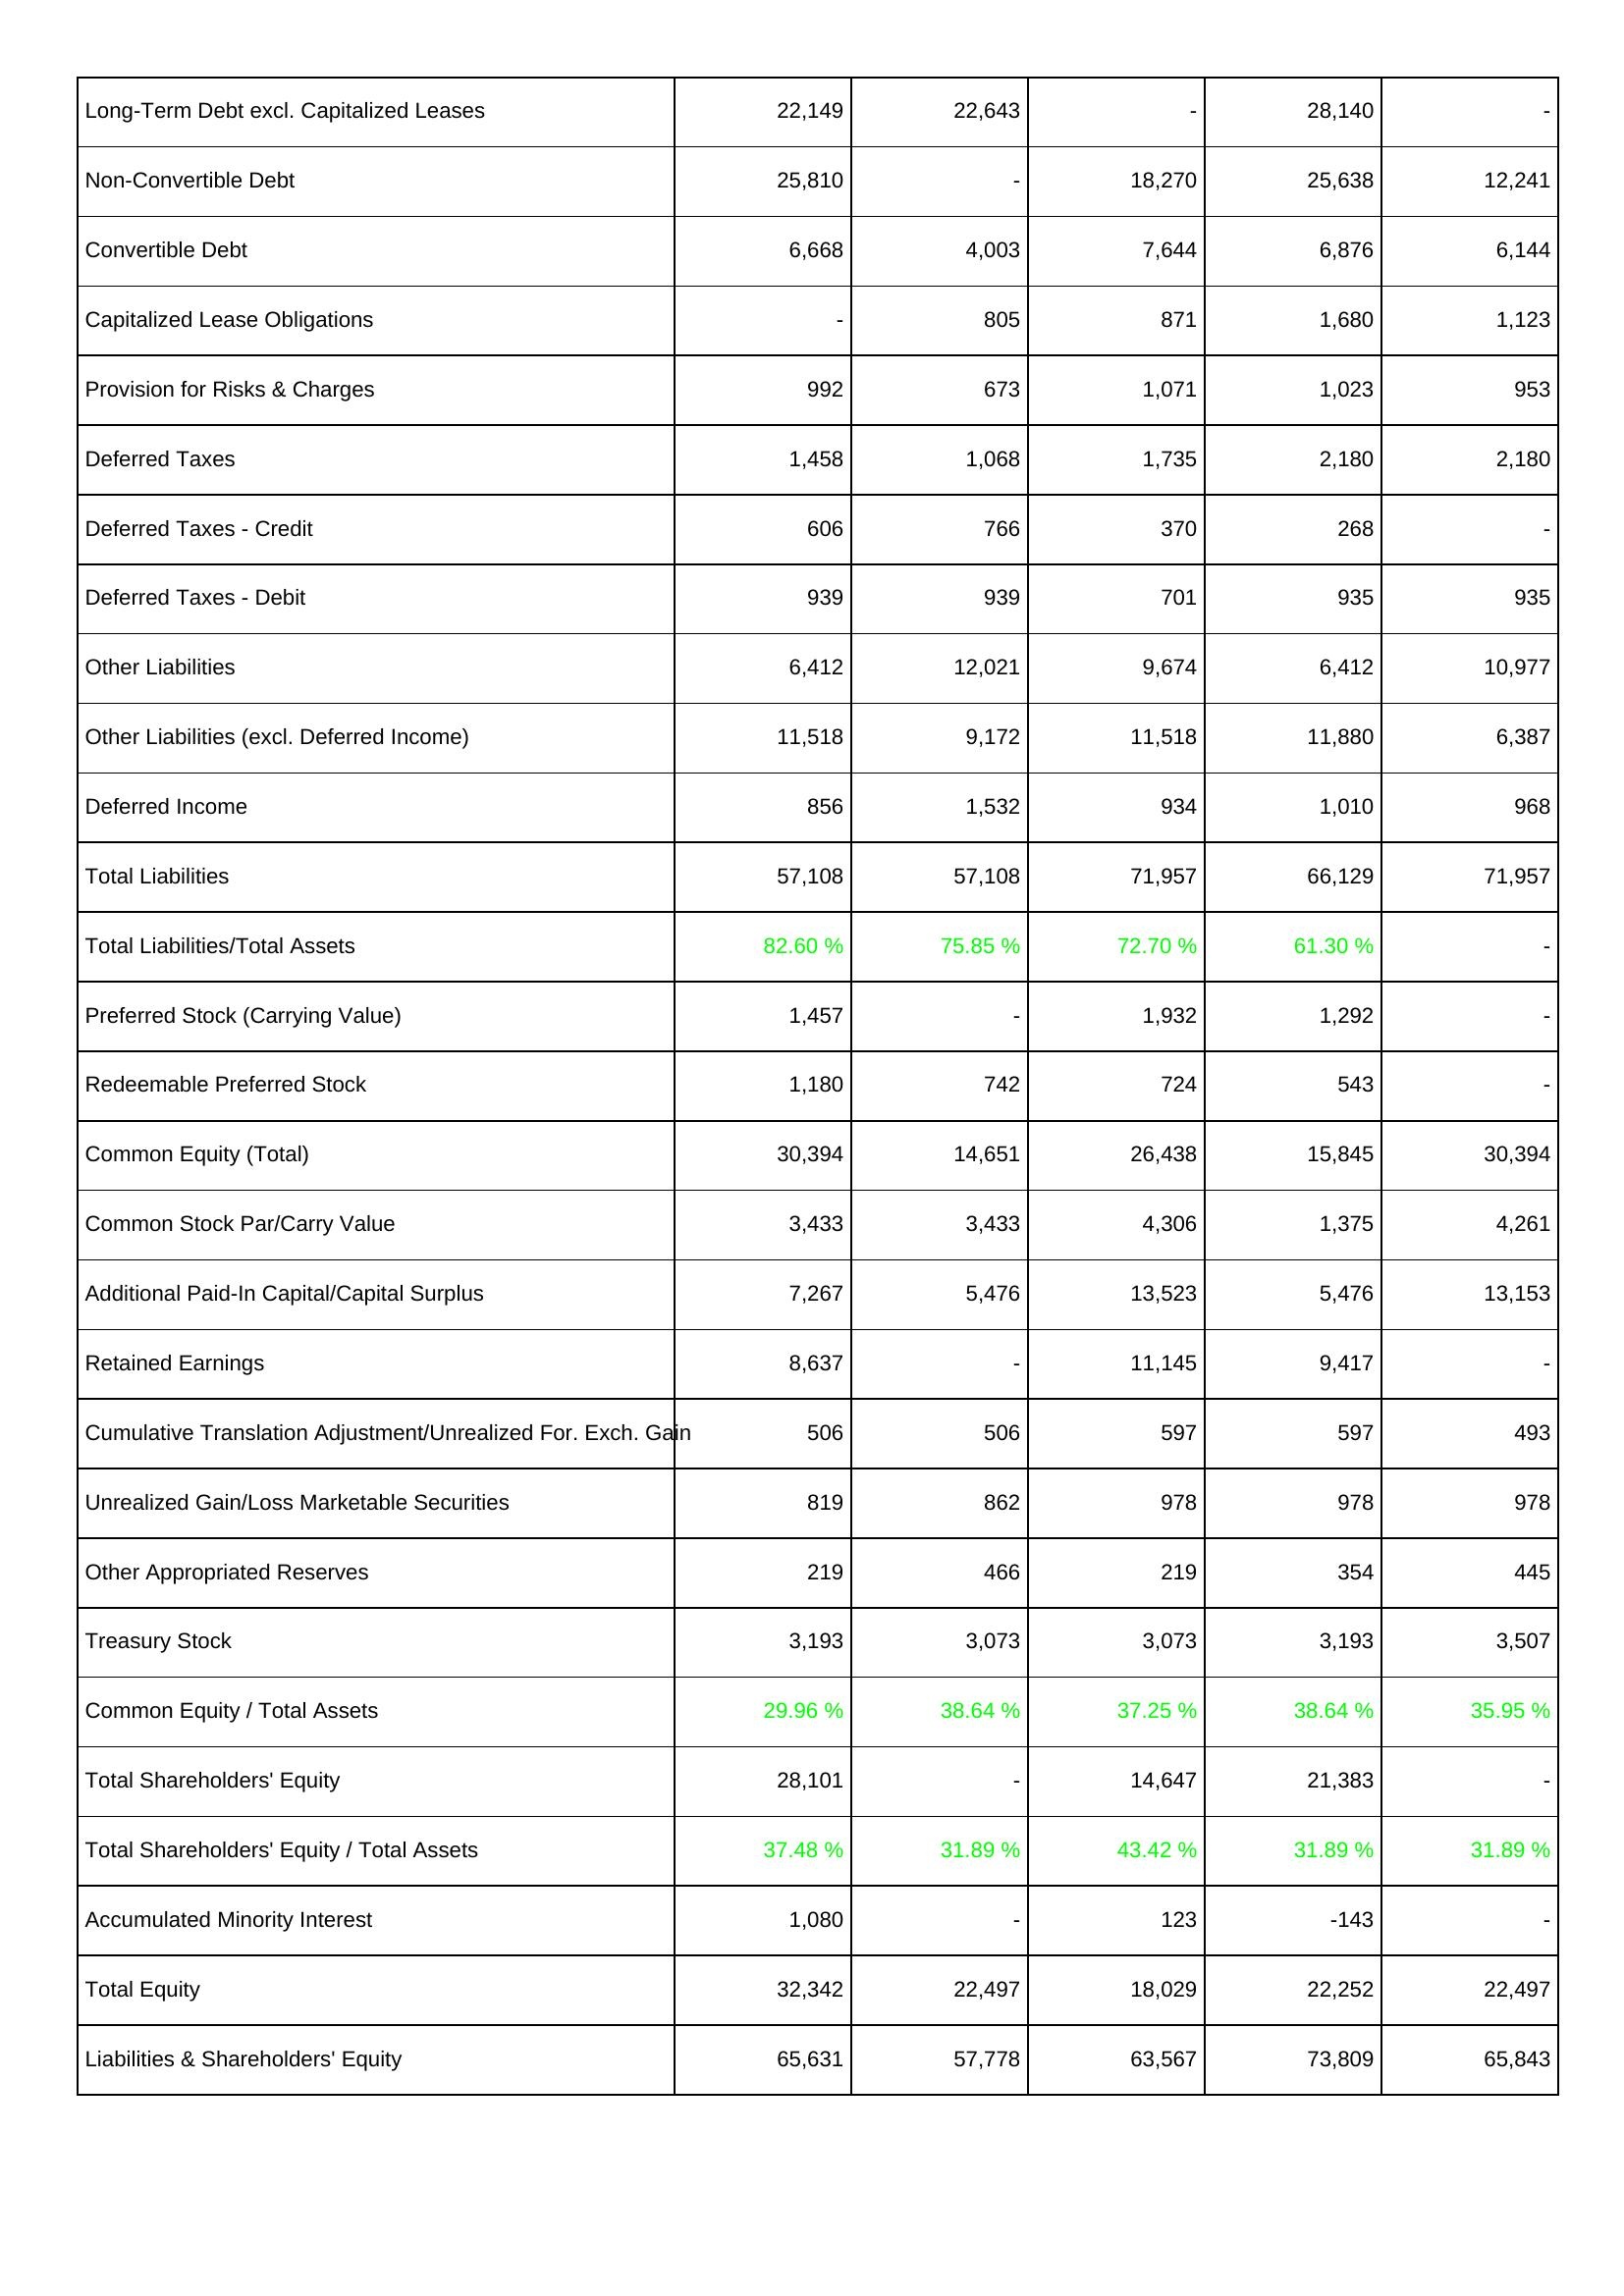
2007: Liabilities & Shareholders' Equity: Long-Term Debt excl. Capitalized Leases: 22,149
Non-Convertible Debt: 25,810
Convertible Debt: 6,668
Capitalized Lease Obligations: -
Provision for Risks & Charges: 992
Deferred Taxes: 1,458
Deferred Taxes - Credit: 606
Deferred Taxes - Debit: 939
Other Liabilities: 6,412
Other Liabilities (excl. Deferred Income): 11,518
Deferred Income: 856
Total Liabilities: 57,108
Total Liabilities/Total Assets: 82.60 %
Preferred Stock (Carrying Value): 1,457
Redeemable Preferred Stock: 1,180
Common Equity (Total): 30,394
Common Stock Par/Carry Value: 3,433
Additional Paid-In Capital/Capital Surplus: 7,267
Retained Earnings: 8,637
Cumulative Translation Adjustment/Unrealized For. Exch. Gain: 506
Unrealized Gain/Loss Marketable Securities: 819
Other Appropriated Reserves: 219
Treasury Stock: 3,193
Common Equity / Total Assets: 29.96 %
Total Shareholders' Equity: 28,101
Total Shareholders' Equity / Total Assets: 37.48 %
Accumulated Minority Interest: 1,080
Total Equity: 32,342
Liabilities & Shareholders' Equity: 65,631
2008: Liabilities & Shareholders' Equity: Long-Term Debt excl. Capitalized Leases: 22,643
Non-Convertible Debt: -
Convertible Debt: 4,003
Capitalized Lease Obligations: 805
Provision for Risks & Charges: 673
Deferred Taxes: 1,068
Deferred Taxes - Credit: 766
Deferred Taxes - Debit: 939
Other Liabilities: 12,021
Other Liabilities (excl. Deferred Income): 9,172
Deferred Income: 1,532
Total Liabilities: 57,108
Total Liabilities/Total Assets: 75.85 %
Preferred Stock (Carrying Value): -
Redeemable Preferred Stock: 742
Common Equity (Total): 14,651
Common Stock Par/Carry Value: 3,433
Additional Paid-In Capital/Capital Surplus: 5,476
Retained Earnings: -
Cumulative Translation Adjustment/Unrealized For. Exch. Gain: 506
Unrealized Gain/Loss Marketable Securities: 862
Other Appropriated Reserves: 466
Treasury Stock: 3,073
Common Equity / Total Assets: 38.64 %
Total Shareholders' Equity: -
Total Shareholders' Equity / Total Assets: 31.89 %
Accumulated Minority Interest: -
Total Equity: 22,497
Liabilities & Shareholders' Equity: 57,778
2009: Liabilities & Shareholders' Equity: Long-Term Debt excl. Capitalized Leases: -
Non-Convertible Debt: 18,270
Convertible Debt: 7,644
Capitalized Lease Obligations: 871
Provision for Risks & Charges: 1,071
Deferred Taxes: 1,735
Deferred Taxes - Credit: 370
Deferred Taxes - Debit: 701
Other Liabilities: 9,674
Other Liabilities (excl. Deferred Income): 11,518
Deferred Income: 934
Total Liabilities: 71,957
Total Liabilities/Total Assets: 72.70 %
Preferred Stock (Carrying Value): 1,932
Redeemable Preferred Stock: 724
Common Equity (Total): 26,438
Common Stock Par/Carry Value: 4,306
Additional Paid-In Capital/Capital Surplus: 13,523
Retained Earnings: 11,145
Cumulative Translation Adjustment/Unrealized For. Exch. Gain: 597
Unrealized Gain/Loss Marketable Securities: 978
Other Appropriated Reserves: 219
Treasury Stock: 3,073
Common Equity / Total Assets: 37.25 %
Total Shareholders' Equity: 14,647
Total Shareholders' Equity / Total Assets: 43.42 %
Accumulated Minority Interest: 123
Total Equity: 18,029
Liabilities & Shareholders' Equity: 63,567
2010: Liabilities & Shareholders' Equity: Long-Term Debt excl. Capitalized Leases: 28,140
Non-Convertible Debt: 25,638
Convertible Debt: 6,876
Capitalized Lease Obligations: 1,680
Provision for Risks & Charges: 1,023
Deferred Taxes: 2,180
Deferred Taxes - Credit: 268
Deferred Taxes - Debit: 935
Other Liabilities: 6,412
Other Liabilities (excl. Deferred Income): 11,880
Deferred Income: 1,010
Total Liabilities: 66,129
Total Liabilities/Total Assets: 61.30 %
Preferred Stock (Carrying Value): 1,292
Redeemable Preferred Stock: 543
Common Equity (Total): 15,845
Common Stock Par/Carry Value: 1,375
Additional Paid-In Capital/Capital Surplus: 5,476
Retained Earnings: 9,417
Cumulative Translation Adjustment/Unrealized For. Exch. Gain: 597
Unrealized Gain/Loss Marketable Securities: 978
Other Appropriated Reserves: 354
Treasury Stock: 3,193
Common Equity / Total Assets: 38.64 %
Total Shareholders' Equity: 21,383
Total Shareholders' Equity / Total Assets: 31.89 %
Accumulated Minority Interest: -143
Total Equity: 22,252
Liabilities & Shareholders' Equity: 73,809
2011: Liabilities & Shareholders' Equity: Long-Term Debt excl. Capitalized Leases: -
Non-Convertible Debt: 12,241
Convertible Debt: 6,144
Capitalized Lease Obligations: 1,123
Provision for Risks & Charges: 953
Deferred Taxes: 2,180
Deferred Taxes - Credit: -
Deferred Taxes - Debit: 935
Other Liabilities: 10,977
Other Liabilities (excl. Deferred Income): 6,387
Deferred Income: 968
Total Liabilities: 71,957
Total Liabilities/Total Assets: -
Preferred Stock (Carrying Value): -
Redeemable Preferred Stock: -
Common Equity (Total): 30,394
Common Stock Par/Carry Value: 4,261
Additional Paid-In Capital/Capital Surplus: 13,153
Retained Earnings: -
Cumulative Translation Adjustment/Unrealized For. Exch. Gain: 493
Unrealized Gain/Loss Marketable Securities: 978
Other Appropriated Reserves: 445
Treasury Stock: 3,507
Common Equity / Total Assets: 35.95 %
Total Shareholders' Equity: -
Total Shareholders' Equity / Total Assets: 31.89 %
Accumulated Minority Interest: -
Total Equity: 22,497
Liabilities & Shareholders' Equity: 65,843